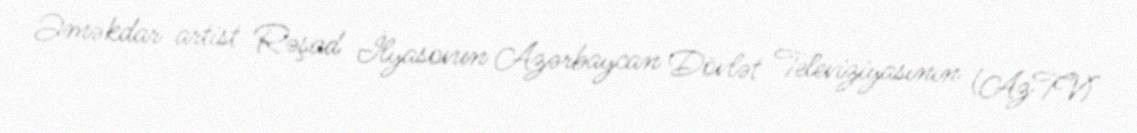
Əməkdar artist Rəşad İlyasovun Azərbaycan Dövlət Televiziyasının (AzTV)